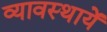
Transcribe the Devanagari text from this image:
व्यावस्थायें